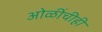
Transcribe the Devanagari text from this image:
ओळींचीही